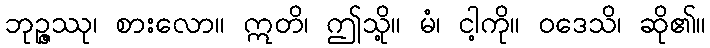
ဘုဉ္ဇဿု၊ စားလော။ ဣတိ၊ ဤသို့။ မံ၊ ငါ့ကို။ ဝဒေသိ၊ ဆို၏။